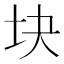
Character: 块